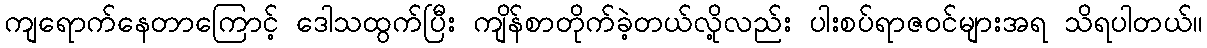
ကျရောက်နေတာကြောင့် ဒေါသထွက်ပြီး ကျိန်စာတိုက်ခဲ့တယ်လို့လည်း ပါးစပ်ရာဇဝင်များအရ သိရပါတယ်။